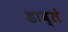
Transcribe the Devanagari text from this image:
डाव्ले